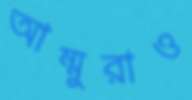
আম্মুরাও